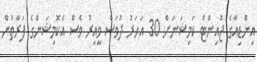
އިންޑިއާގެ ޖޮއިންޓް ކަމިޝަނަށް 30 އަހަރު ދުވަސް ވީއިރު ވެސް އެކޮމިޝަންގެ ފަރާތުން